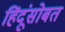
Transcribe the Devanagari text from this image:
हिंदूंसोबत